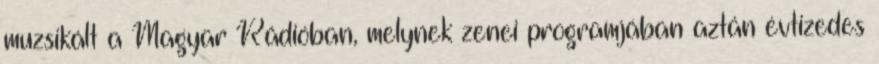
muzsikált a Magyar Rádióban, melynek zenei programjában aztán évtizedes